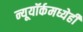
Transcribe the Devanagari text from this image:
न्यूयॉर्कमध्येही